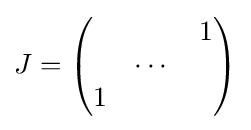
J={\begin{pmatrix}&&1\\&\cdots &\\1&&\end{pmatrix}}